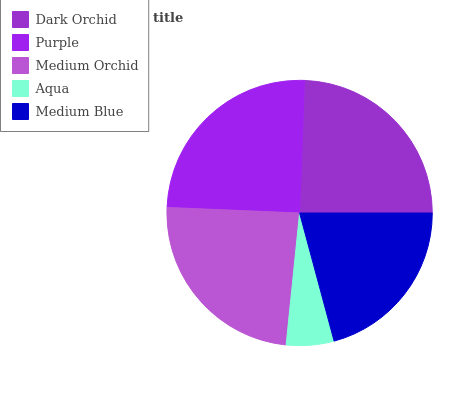
| Dark Orchid | Purple | Medium Orchid | Aqua | Medium Blue |
 | --- | --- | --- | --- | --- |
 | 24.3% | 25% | 24% | 5.79% | 20.8% |